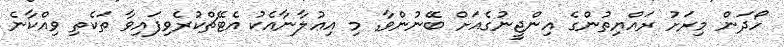
ހޯދަން މިރަށު ރައްޔިތުންގެ އިންޖީނުގެއަށް ބޭނުންވާ